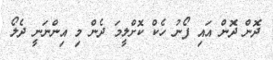
ދޮން ދޮން އައި ފޯނު ހެކް ކޮށްލީމަ ދެން މި އިންނަނީ ދެލޯ